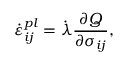
\dot { \varepsilon } _ { i j } ^ { p l } = \dot { \lambda } \frac { \partial Q } { \partial \sigma _ { i j } } ,